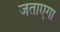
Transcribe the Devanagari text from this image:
जताएगा